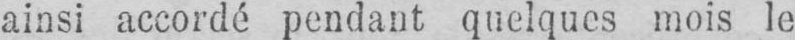
ainsi accordé pendant quelques mois le